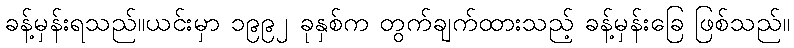
ခန့်မှန်းရသည်။ယင်းမှာ ၁၉၉၂ ခုနှစ်က တွက်ချက်ထားသည့် ခန့်မှန်းခြေ ဖြစ်သည်။